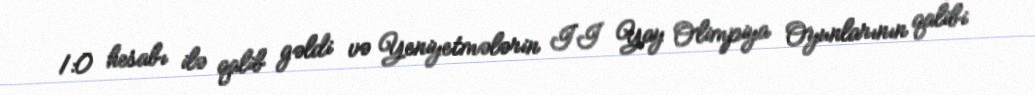
1:0 hesabı ilə qalib gəldi və Yeniyetmələrin II Yay Olimpiya Oyunlarının qalibi